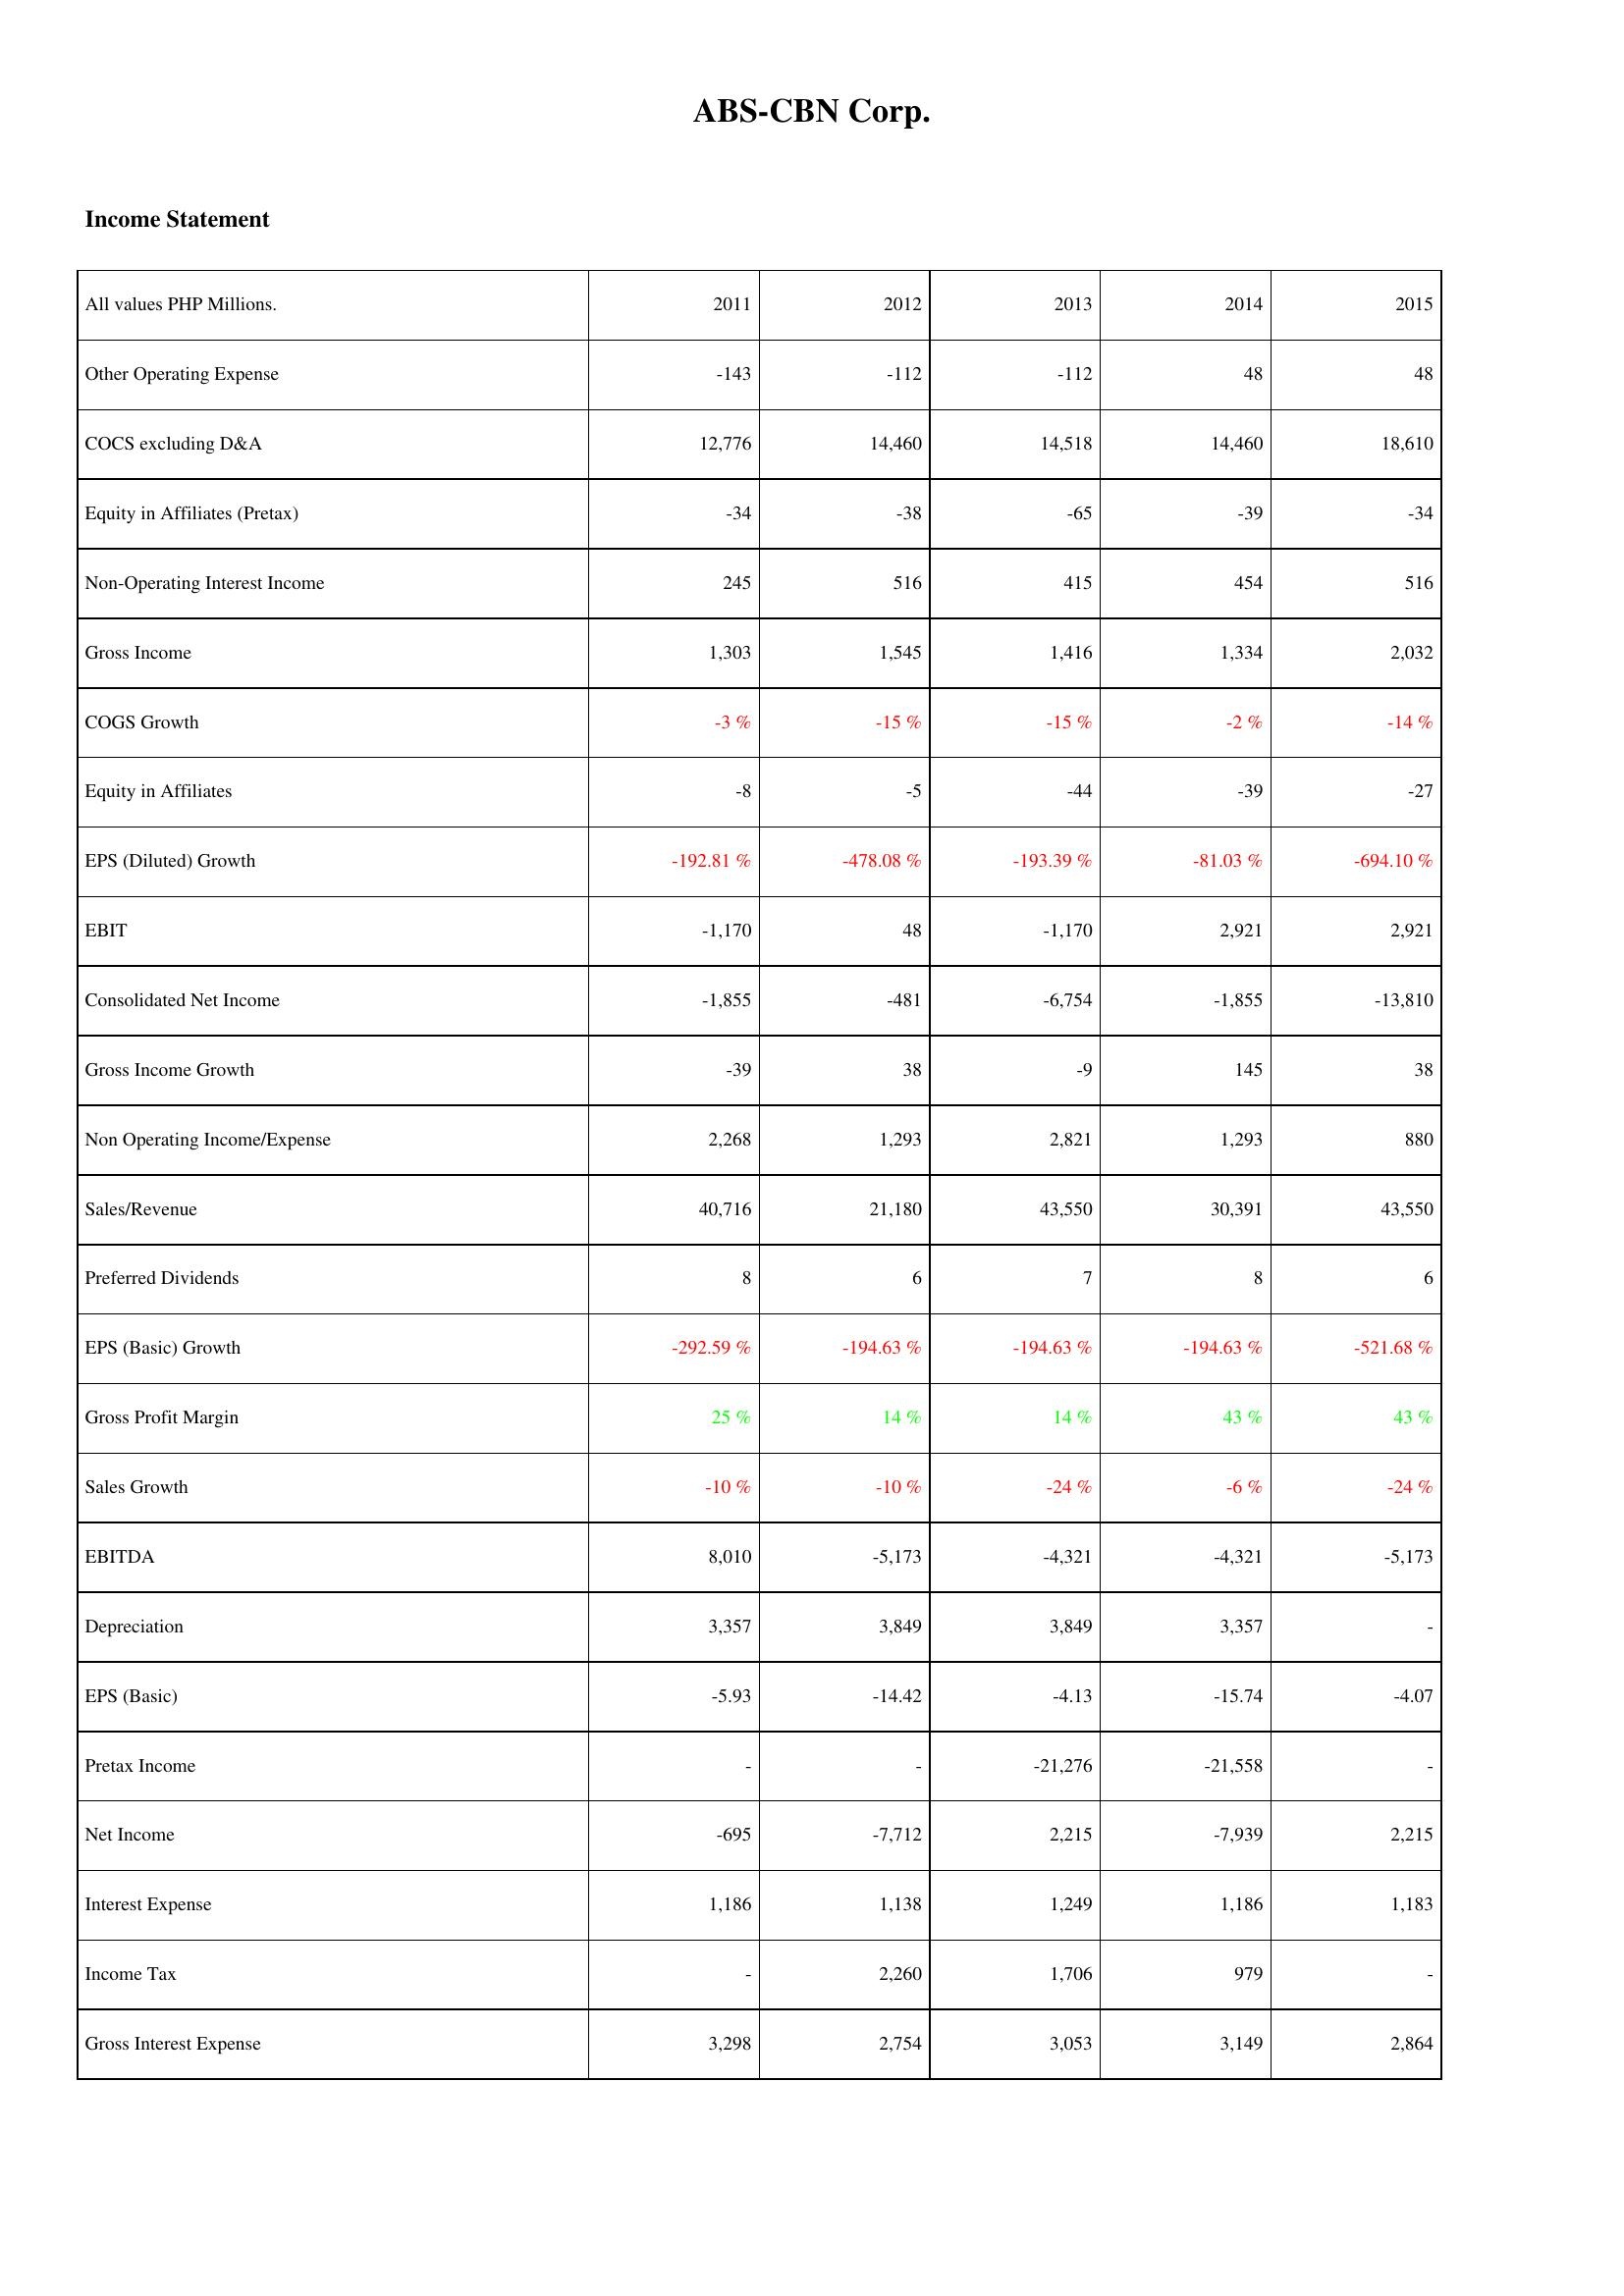
2011: Income Statement: Other Operating Expense: -143
COCS excluding D&A: 12,776
Equity in Affiliates (Pretax): -34
Non-Operating Interest Income: 245
Gross Income: 1,303
COGS Growth: -3 %
Equity in Affiliates: -8
EPS (Diluted) Growth: -192.81 %
EBIT: -1,170
Consolidated Net Income: -1,855
Gross Income Growth: -39
Non Operating Income/Expense: 2,268
Sales/Revenue: 40,716
Preferred Dividends: 8
EPS (Basic) Growth: -292.59 %
Gross Profit Margin: 25 %
Sales Growth: -10 %
EBITDA: 8,010
Depreciation: 3,357
EPS (Basic): -5.93
Pretax Income: -
Net Income: -695
Interest Expense: 1,186
Income Tax: -
Gross Interest Expense: 3,298
2012: Income Statement: Other Operating Expense: -112
COCS excluding D&A: 14,460
Equity in Affiliates (Pretax): -38
Non-Operating Interest Income: 516
Gross Income: 1,545
COGS Growth: -15 %
Equity in Affiliates: -5
EPS (Diluted) Growth: -478.08 %
EBIT: 48
Consolidated Net Income: -481
Gross Income Growth: 38
Non Operating Income/Expense: 1,293
Sales/Revenue: 21,180
Preferred Dividends: 6
EPS (Basic) Growth: -194.63 %
Gross Profit Margin: 14 %
Sales Growth: -10 %
EBITDA: -5,173
Depreciation: 3,849
EPS (Basic): -14.42
Pretax Income: -
Net Income: -7,712
Interest Expense: 1,138
Income Tax: 2,260
Gross Interest Expense: 2,754
2013: Income Statement: Other Operating Expense: -112
COCS excluding D&A: 14,518
Equity in Affiliates (Pretax): -65
Non-Operating Interest Income: 415
Gross Income: 1,416
COGS Growth: -15 %
Equity in Affiliates: -44
EPS (Diluted) Growth: -193.39 %
EBIT: -1,170
Consolidated Net Income: -6,754
Gross Income Growth: -9
Non Operating Income/Expense: 2,821
Sales/Revenue: 43,550
Preferred Dividends: 7
EPS (Basic) Growth: -194.63 %
Gross Profit Margin: 14 %
Sales Growth: -24 %
EBITDA: -4,321
Depreciation: 3,849
EPS (Basic): -4.13
Pretax Income: -21,276
Net Income: 2,215
Interest Expense: 1,249
Income Tax: 1,706
Gross Interest Expense: 3,053
2014: Income Statement: Other Operating Expense: 48
COCS excluding D&A: 14,460
Equity in Affiliates (Pretax): -39
Non-Operating Interest Income: 454
Gross Income: 1,334
COGS Growth: -2 %
Equity in Affiliates: -39
EPS (Diluted) Growth: -81.03 %
EBIT: 2,921
Consolidated Net Income: -1,855
Gross Income Growth: 145
Non Operating Income/Expense: 1,293
Sales/Revenue: 30,391
Preferred Dividends: 8
EPS (Basic) Growth: -194.63 %
Gross Profit Margin: 43 %
Sales Growth: -6 %
EBITDA: -4,321
Depreciation: 3,357
EPS (Basic): -15.74
Pretax Income: -21,558
Net Income: -7,939
Interest Expense: 1,186
Income Tax: 979
Gross Interest Expense: 3,149
2015: Income Statement: Other Operating Expense: 48
COCS excluding D&A: 18,610
Equity in Affiliates (Pretax): -34
Non-Operating Interest Income: 516
Gross Income: 2,032
COGS Growth: -14 %
Equity in Affiliates: -27
EPS (Diluted) Growth: -694.10 %
EBIT: 2,921
Consolidated Net Income: -13,810
Gross Income Growth: 38
Non Operating Income/Expense: 880
Sales/Revenue: 43,550
Preferred Dividends: 6
EPS (Basic) Growth: -521.68 %
Gross Profit Margin: 43 %
Sales Growth: -24 %
EBITDA: -5,173
Depreciation: -
EPS (Basic): -4.07
Pretax Income: -
Net Income: 2,215
Interest Expense: 1,183
Income Tax: -
Gross Interest Expense: 2,864